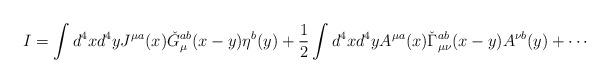
LaTeX: \begin{align*} I=\int d^{4}x d^{4}y J^{\mu a}(x)\check G^{ab}_{\mu}(x-y)\eta^{b}(y)+\frac 1 2 \int d^{4}x d^{4}y A^{\mu a}(x)\check{\Gamma}^{ab}_{\mu\nu}(x-y)A^{\nu b}(y) + \cdots\end{align*}